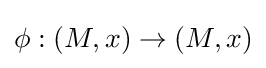
\phi :(M,x)\to (M,x)